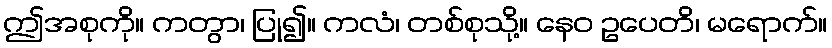
ဤအစုကို။ ကတွာ၊ ပြု၍။ ကလံ၊ တစ်စုသို့။ နေဝ ဥပေတိ၊ မရောက်။